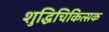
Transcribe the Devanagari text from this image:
शुद्धिचिकित्सक